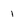
Character: 1